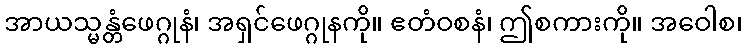
အာယသ္မန္တံဖေဂ္ဂုနံ၊ အရှင်ဖေဂ္ဂုနကို။ ဧတံဝစနံ၊ ဤစကားကို။ အဝေါစ၊